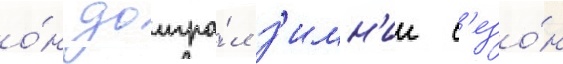
о́н доигра́л з'имн'ии с'езо́н